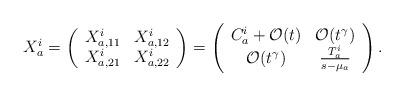
LaTeX: \begin{align*}X^i_a = \left(\begin{array}{cc}X^i_{a,11} & X^i_{a,12} \\X^i_{a,21} & X^i_{a,22} \end{array} \right) =\left(\begin{array}{cc}C^i_a +{{\cal O}(t)} & {{\cal O}(t^\gamma)} \\{{\cal O}(t^\gamma)} & {T^i_a \over {s-\mu_a}} \end{array} \right) . \end{align*}